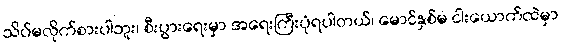
သိပ်မလိုက်စားပါဘူး၊ စီးပွားရေးမှာ အရေးကြီးပုံရပါတယ်၊ မောင်နှစ်မ ငါးယောက်ထဲမှာ